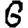
Digit: 6